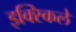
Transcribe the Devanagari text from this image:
इक्स्किले